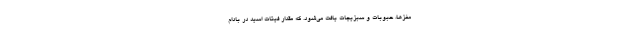
مغزها، حبوبات و سبزیجات یافت می‌شود. که مقدار فیتات اسید در بادام